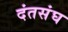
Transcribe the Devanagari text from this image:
दंतसंघ